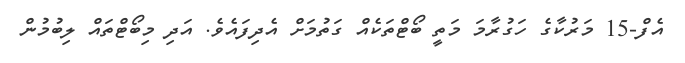
އެފް-15 މަރުކާގެ ހަގުރާމަ މަތީ ބޯޓްތަކެއް ގަތުމަށް އެދިފައެވެ. އަދި މިބޯޓްތައް ލިބުމުން